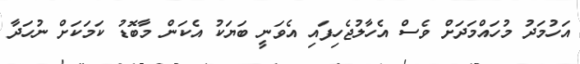
އަހުމަދު މުހައްމަދަށް ވެސް އެހާލުޖެހިފައި އެވަނީ ބަޔަކު އެކަން މާބޮޑު ކަމަކަށް ނުހަދާ